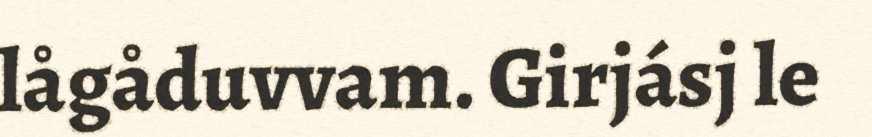
lågåduvvam. Girjásj le